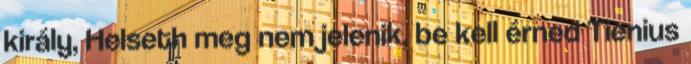
király, Helseth meg nem jelenik, be kell érned Tienius